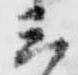
三